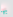
بها